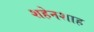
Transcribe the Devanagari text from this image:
शहेनशाह